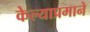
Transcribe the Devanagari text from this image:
केल्याप्रमाने